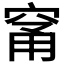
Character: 𥦁